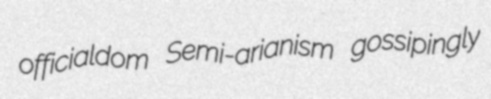
officialdom Semi-arianism gossipingly